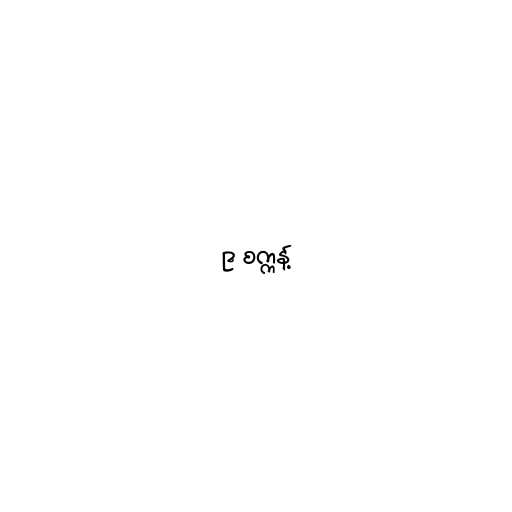
၉ စက္ကန့်